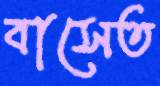
বাসেত